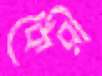
কৈরী